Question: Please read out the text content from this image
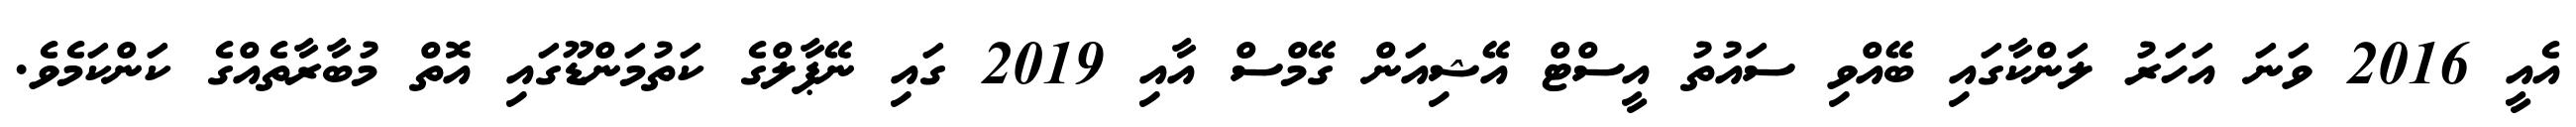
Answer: އެއީ 2016 ވަނަ އަހަރު ލަންކާގައި ބޭއްވި ސައުތު އީސްޓް އޭޝިއަން ގޭމްސް އާއި 2019 ގައި ނޭޕާލްގެ ކަތުމަންޑޫގައި އޮތް މުބާރާތެއްގެ ކަންކަމެވެ.